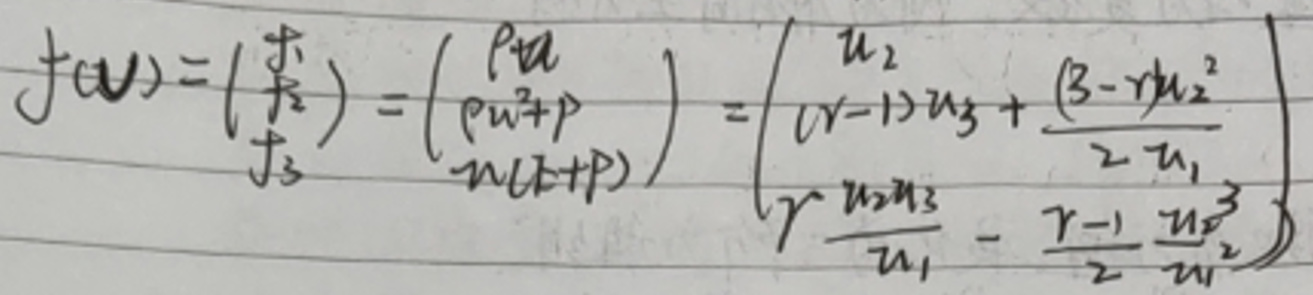
\[
f(\mathbf{u})=\begin{pmatrix}
f_1 \\
f_2 \\
f_3
\end{pmatrix}=\begin{pmatrix}
\rho u \\
\rho u^2 + p \\
u(\rho u + p)
\end{pmatrix}=\begin{pmatrix}
u_2 \\
(\gamma - 1)u_3+\frac{(\beta - \gamma)u_2^2}{2u_1} \\
\gamma\frac{u_2u_3}{u_1}-\frac{\gamma - 1}{2}\frac{u_2^3}{u_1^2}
\end{pmatrix}
\]